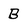
Character: B